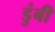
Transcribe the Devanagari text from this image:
डुंबी